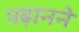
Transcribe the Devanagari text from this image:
पढ़ानने